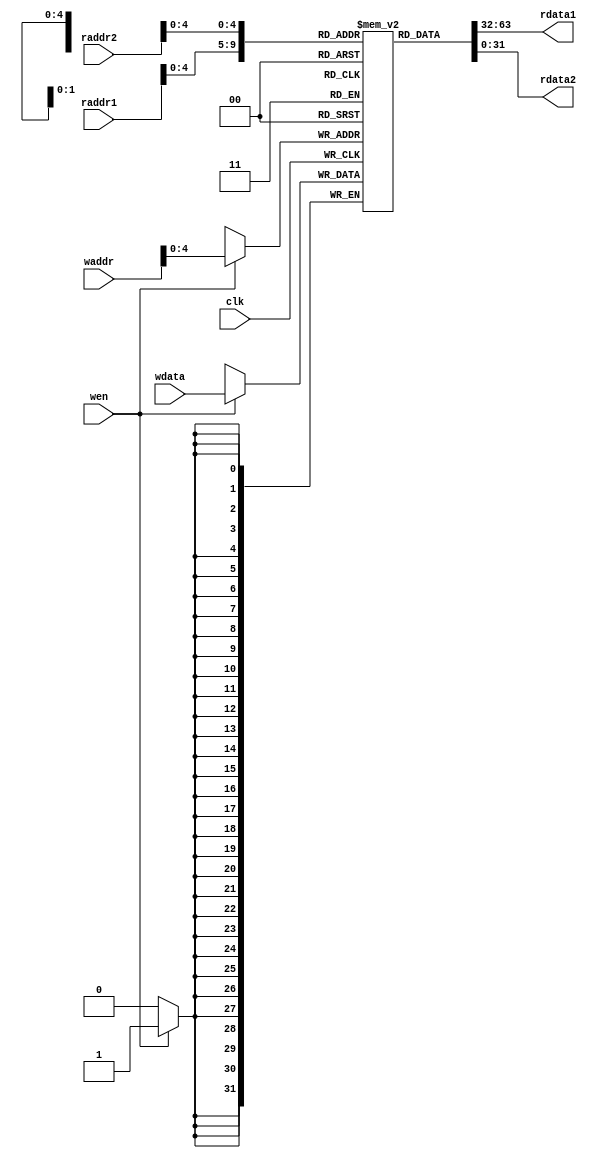
module picosoc_regs (
	input clk, wen,
	input [5:0] waddr,
	input [5:0] raddr1,
	input [5:0] raddr2,
	input [31:0] wdata,
	output [31:0] rdata1,
	output [31:0] rdata2
);
	reg [31:0] regs [0:31];
	always @(posedge clk)
		if (wen) regs[waddr[4:0]] <= wdata;
	assign rdata1 = regs[raddr1[4:0]];
	assign rdata2 = regs[raddr2[4:0]];
endmodule